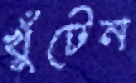
খুঁটেন